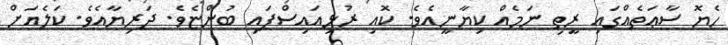
ހެޔޮ ސާޢަތެއްގައި ރީތި ނަމެއް ކިޔާނީއެވެ. ކޮއި ރުޅިއައިސްފައި ބުންޏެވެ. ދަރިޔާއެވެ. ކަލެއަށް